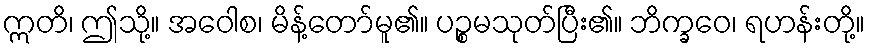
ဣတိ၊ ဤသို့။ အဝေါစ၊ မိန့်တော်မူ၏။ ပဉ္စမသုတ်ပြီး၏။ ဘိက္ခဝေ၊ ရဟန်းတို့။